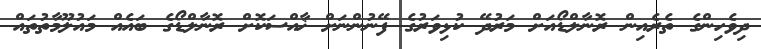
ދިވެހިންގެ ތެރެއިން ރޮނާލްޑޯއަށް މަރުދޭ ކުޅިވަރުގެ ފޭނުންނަށް ޚާއްސަކޮށް ރޮނާލްޑޯގެ ބައެއް މައުލޫމާތުތައް